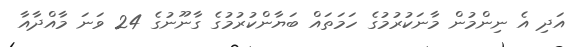
އަދި އެ ނިންމުން މާނަކުރުމުގެ ހަމަތައް ބަޔާންކުރުމުގެ ގާނޫނުގެ 24 ވަނަ މާއްދާއާ